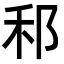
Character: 𮂰